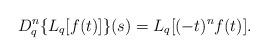
LaTeX: \begin{align*} D_{q}^{n} \{ L_{q} [f(t)] \} (s) = L_{q}[(-t)^{n} f(t)].\end{align*}